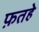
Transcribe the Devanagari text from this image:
फ़तहे